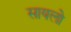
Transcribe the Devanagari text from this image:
सायलो